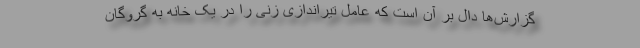
گزارش‌ها دال بر آن است که عامل تیراندازی زنی را در یک خانه به گروگان